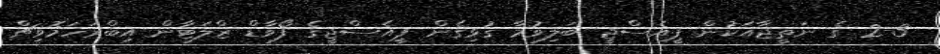
2-3 ގެ ނަތީޖާއަކުން ޕީއެސްޖީ ބަލިވުމާ ގުޅިގެން ޕީއެސްޖީގެ ފޯވާޑް ޒްލަޓާން އިބްރަހަމޮވިޗް